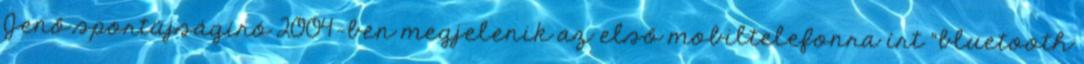
Jenő sportújságíró 2004-ben megjelenik az első mobiltelefonra írt "bluetooth